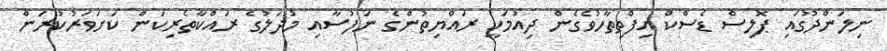
ނިލަންދޫގައި ޕޮލިސް ޑެސްކް އިފްތިތާހުވެގެން ދިއުމަކީ ރައްޔިތުންގެ ނަފުސާއި މުދަލުގެ ރައްކާތެރިކަން ކަށަވަރުކުރަން